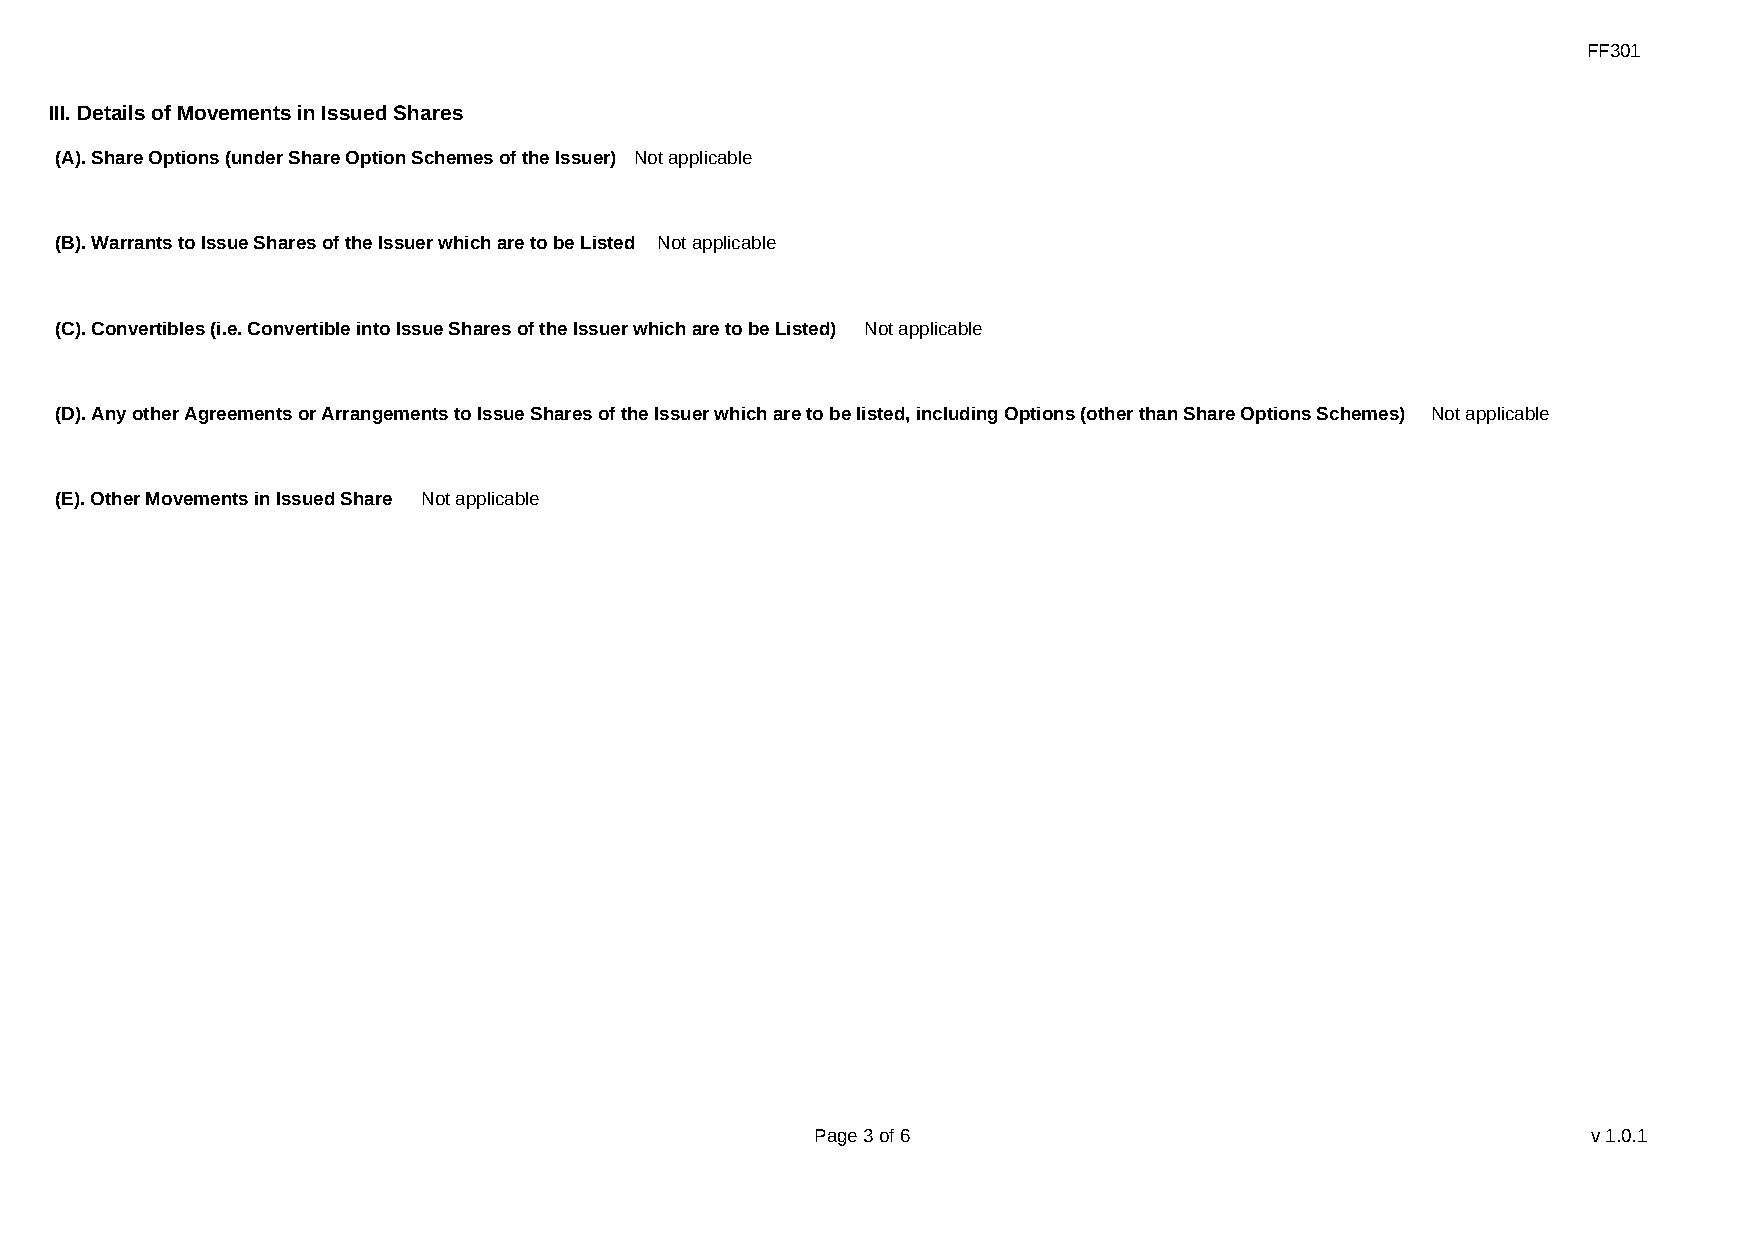
FF301
 III. Details of Movements in Issued Shares
 (A). Share Options (under Share Option Schemes of the Issuer) Not applicable
 (B). Warrants to Issue Shares of the Issuer which are to be Listed Not applicable
 (C). Convertibles (i.e. Convertible into Issue Shares of the Issuer which are to be Listed) Not applicable
 (D). Any other Agreements or Arrangements to Issue Shares of the Issuer which are to be listed, including Options (other than Share Options Schemes) Not applicable
 (E). Other Movements in Issued Share Not applicable
 Page 3 of 6                                        v1.0.1